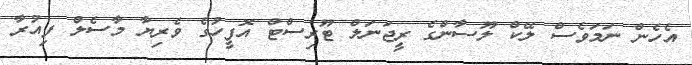
އެހެން ނަމަވެސް ލޭކް ލޫސާންގެ ރީޖަނަލް ޓޫރިސްޓް އޮފީހުގެ ވެރިޔާ މާސެލް ފިއުރާ